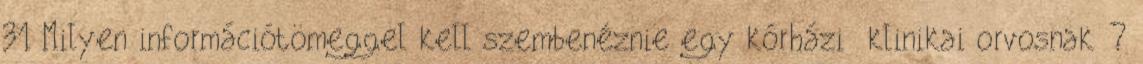
31 Milyen információtömeggel kell szembenéznie egy kórházi klinikai orvosnak ?